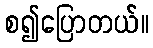
စ၍ပြောတယ်။